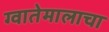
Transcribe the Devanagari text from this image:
ग्वातेमालाचा